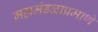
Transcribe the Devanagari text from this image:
महामंडळाप्रमाणे